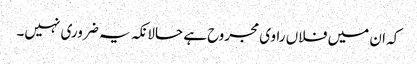
کہ ان میں فلاں راوی مجروح ہے حالانکہ یہ ضروری نہیں۔